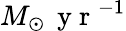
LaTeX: M_{\odot}\, \mathrm{~y~r~}^{-1}